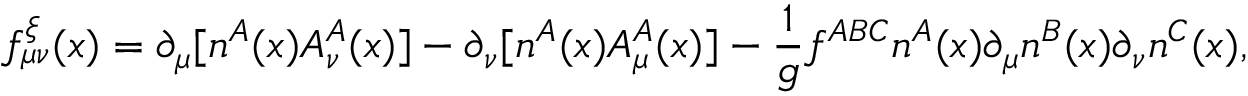
f _ { \mu \nu } ^ { \xi } ( x ) = \partial _ { \mu } [ n ^ { A } ( x ) { \cal A } _ { \nu } ^ { A } ( x ) ] - \partial _ { \nu } [ n ^ { A } ( x ) { \cal A } _ { \mu } ^ { A } ( x ) ] - { \frac { 1 } { g } } f ^ { A B C } n ^ { A } ( x ) \partial _ { \mu } n ^ { B } ( x ) \partial _ { \nu } n ^ { C } ( x ) ,